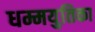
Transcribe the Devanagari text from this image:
धम्मयुतिका